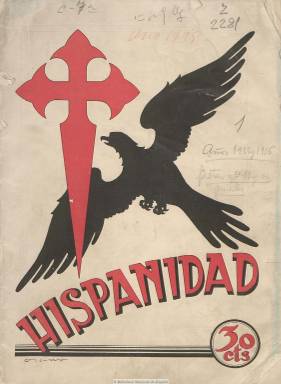
Título: Hispanidad (Madrid)
Colección: Revistas de información general || Cultura
Ámbito geográfico: Madrid
Lugar de publicación: Madrid
Fechas: 12/10/1935-01/03/1936

Su subtítulo indica “revista quincenal hispano-americana de ciencias, artes, literatura, política, historia y economía”, y su primer número aparece el 12 de octubre de 1935, fecha esta en la que está datada la primera celebración -en Madrid- del denominado Día de la Hispanidad y en la que Ramiro de Maeztu (1875-1936) pronunciará un discurso en la Real Academia en defensa del concepto que había acuñado. Se trata de una publicación enmarcada en el tradicionalismo católico español o de extrema derecha, hermana menor de la también revista Acción española (1931-1937), a la que el propio Maeztu había intentado darle este mismo título –Hispanidad- y en la que convergieron los hombres más preparados intelectualmente hablando del partido Acción Popular.

En su artículo de presentación bajo el epígrafe Nuestro lema, Hispanidad tacha de viejos, anticuados y ”mandados retirar” a los sistemas liberales y demócratas, a la vez que invoca a Santiago y a la España de gloria, santidad e imperial, y en tal sentido muestra su exaltación por las “excelencias del espíritu de nuestra raza”, a la vez que sus artífices dicen mostrarse “listos para empeñarse en esta nueva cruzada del idealismo, base de la reconstrucción del imperio hispánico en el mundo”. Sus editores se proclaman católicos, “y por católicos, contrarrevolucionarios”, expresando que su misión es elaborar y propagar los fundamentos doctrinales de un “Estado nuevo”, “otra España” en la que “se coordine el sentido histórico de la jerarquía”. Una jerarquía “aristocrática”, pues dicen tener “la elegancia y la discreción, para oponerlas a las gregarias avalanchas de la democracia”.

Se añade en su artículo de salutación que su “labor será, al margen de todo partido político, pura y estrictamente cultural”, como fin de “llegar a la Contrarrevolución”, es decir, haciendo el mismo “rodeo” –dicen- que “va de la logia y la Institución Libre a la tribuna y a la calle, [por el que] llegó el enemigo a la Revolución”. En la revista se formulará un doctrinarismo cultural tradicionalista, basamento del fundamentado por el falangismo en la posterior Dictadura, régimen militar que adoptará incluso el escudo imperial que la revista estampa en la contracubierta de las nueve entregas (de 36 páginas cada una) que integran la colección de la Biblioteca Nacional de España, correspondiendo la última a marzo de 1936. En la cubierta va estampada la cruz de Santiago (en tinta roja) y un águila.

Se autoproclama “revista de exaltación de España”, “la que evoca sus recuerdos, sus tiempos, sus glorias”, en la que escriben “los mejores escritores” y la que publica “las mejores fotografías”. En su primer número, Maeztu ya escribe un artículo titulado “El día de la Hispanidad”, al que le siguen el de A.C. Esteso (Santuarios de la Raza), Juan Vázquez Mella (Gibraltar: la gran vergüenza española), Alfredo Colonge (Covadonga) o el del padre agustino Félix García (Lope a lo divino). En otros números escribirán José María Pemán (Elegía a la Tradición de España), Rafael Burgos (España en Trento e Hispanidad es misión), Casimiro Cienfuegos (Roja y Gualda), Federico de Iranzo (Cualidades del alma española), el jesuita José Rubinos, el presbítero Eliseo Gallo, Luis Gestoso, Casimiro Cienfuegos, Xavier Cabello Lapiedra, Lope Mateo, Ángel Avilés, Fernando Iglesias Figueroa, Carlos Pereira, Eliseo Gallo, Jal Mitjavila, Alonso Ferrer de Plegamans, Blanca de los Ríos, Alberto Risco, Miguel Martínez del Cerro, el Conde de las Navas.

Además de artículos inserta composiciones poéticas exaltando el nombre de España, algunas de clásicos castellanos. Tiene una sección de Actualidad hispanoamericana, en la que da cuenta del Congreso Internacional de Americanistas que se celebra en Sevilla, precisamente el 12 de octubre de 1935. Otras secciones son las de Bibliografía, Rutas de España, Figuras de la Raza (Isabel la Católica o La Reina Loca) o Bromas y veras. Inserta algunos fotograbados y no muchas fotografías, así como algunos anuncios comerciales.